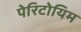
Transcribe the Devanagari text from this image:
पेरिटोयिम